Report on horse surra - Volume I
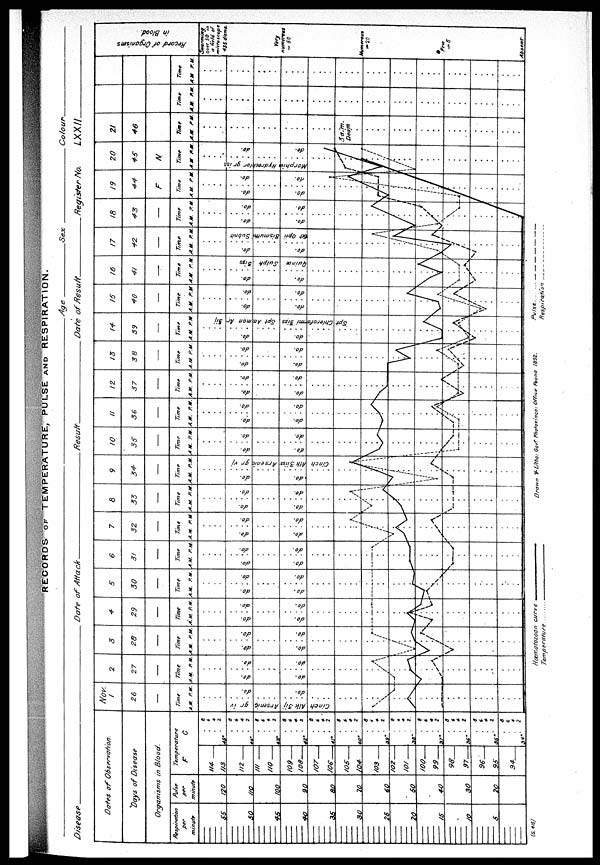
RECORDS OF TEMPERATURE, PULSE AND RESPIRATION.